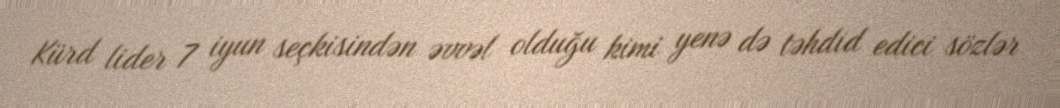
Kürd lider 7 iyun seçkisindən əvvəl olduğu kimi yenə də təhdid edici sözlər